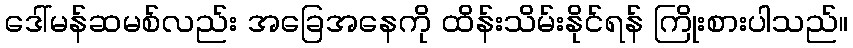
ဒေါ်မန်ဆမစ်လည်း အခြေအနေကို ထိန်းသိမ်းနိုင်ရန် ကြိုးစားပါသည်။